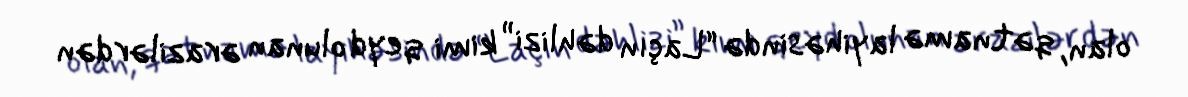
olan, qətnamə layihəsində “Laçın dəhlizi” kimi qeyd olunan ərazilərdən